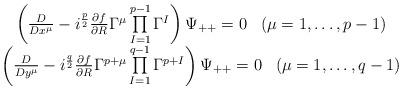
LaTeX: \begin{align*}\begin{array}{c}\left({D\over D x^{\mu}}-i^{p\over 2}{\partial f\over\partial R}\Gamma^{\mu}\prod\limits_{I=1}^{p-1}\Gamma^I\right)\Psi_{++}=0\;\;\; (\mu=1,\ldots,p-1)\\\left({D\over D y^{\mu}}-i^{q\over 2}{\partial f\over\partial R}\Gamma^{p+\mu}\prod\limits_{I=1}^{q-1}\Gamma^{p+I}\right)\Psi_{++}=0\;\;\; (\mu=1,\ldots,q-1)\end{array}\end{align*}